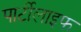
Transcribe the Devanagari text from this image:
पार्टीलाइफ